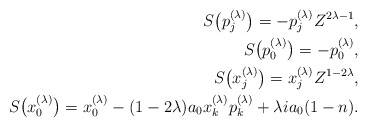
\begin{align*}S\big(p_j^{(\lambda)}\big)=-p_j^{(\lambda)}Z^{2\lambda-1},\\S\big(p_0^{(\lambda)}\big)=-p_0^{(\lambda)}, \\S\big(x_j^{(\lambda)}\big)=x_j^{(\lambda)}Z^{1-2\lambda}, \\S\big(x_0^{(\lambda)}\big)=x_0^{(\lambda)}-(1-2\lambda) a_0x_k^{(\lambda)}p_k^{(\lambda)}+\lambda ia_0(1-n).\end{align*}